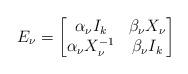
LaTeX: \begin{align*}E_\nu = \begin{bmatrix} \alpha_\nu I_k & \beta_\nu X_\nu \\ \alpha_\nu X_\nu^{-1} & \beta_\nu I_k \end{bmatrix}\end{align*}